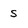
Character: s